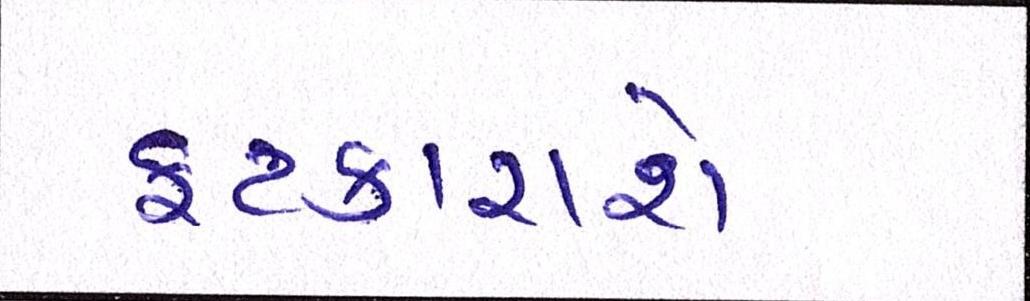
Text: ફટકારાશે